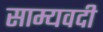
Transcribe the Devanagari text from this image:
साम्यवदी